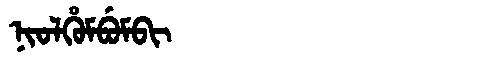
Manchu: ᠨᡳᠣᠯᡥᡠᠮᠪᡠᠮᠪᡳ
Romanization: NIOLHUMBUMBI